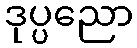
ဒုပ္ပညော